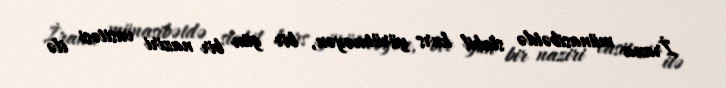
İrana münasibətdə stabil kurs yürütməyən, bir gün bir naziri vasitəsi ilə